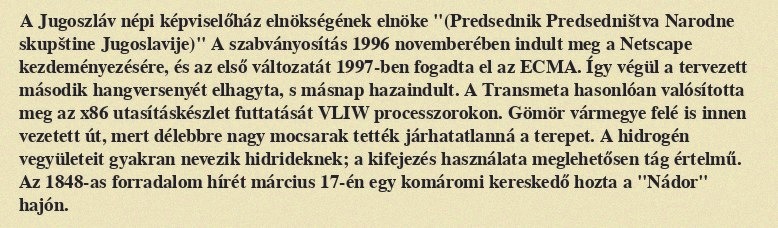
A Jugoszláv népi képviselőház elnökségének elnöke "(Predsednik Predsedništva Narodne skupštine Jugoslavije)" A szabványosítás 1996 novemberében indult meg a Netscape kezdeményezésére, és az első változatát 1997-ben fogadta el az ECMA. Így végül a tervezett második hangversenyét elhagyta, s másnap hazaindult. A Transmeta hasonlóan valósította meg az x86 utasításkészlet futtatását VLIW processzorokon. Gömör vármegye felé is innen vezetett út, mert délebbre nagy mocsarak tették járhatatlanná a terepet. A hidrogén vegyületeit gyakran nevezik hidrideknek; a kifejezés használata meglehetősen tág értelmű. Az 1848-as forradalom hírét március 17-én egy komáromi kereskedő hozta a "Nádor" hajón.